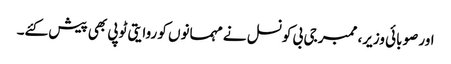
اور صوبائی وزیر، ممبر جی بی کونسل نے مہمانوں کو روایتی ٹوپی بھی پیش کئے۔